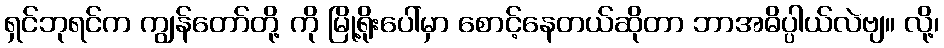
ရှင်ဘုရင်က ကျွန်တော်တို့ ကို မြို့ရိုးပေါ်မှာ စောင့်နေတယ်ဆိုတာ ဘာအဓိပ္ပါယ်လဲဗျ။ လို့၊